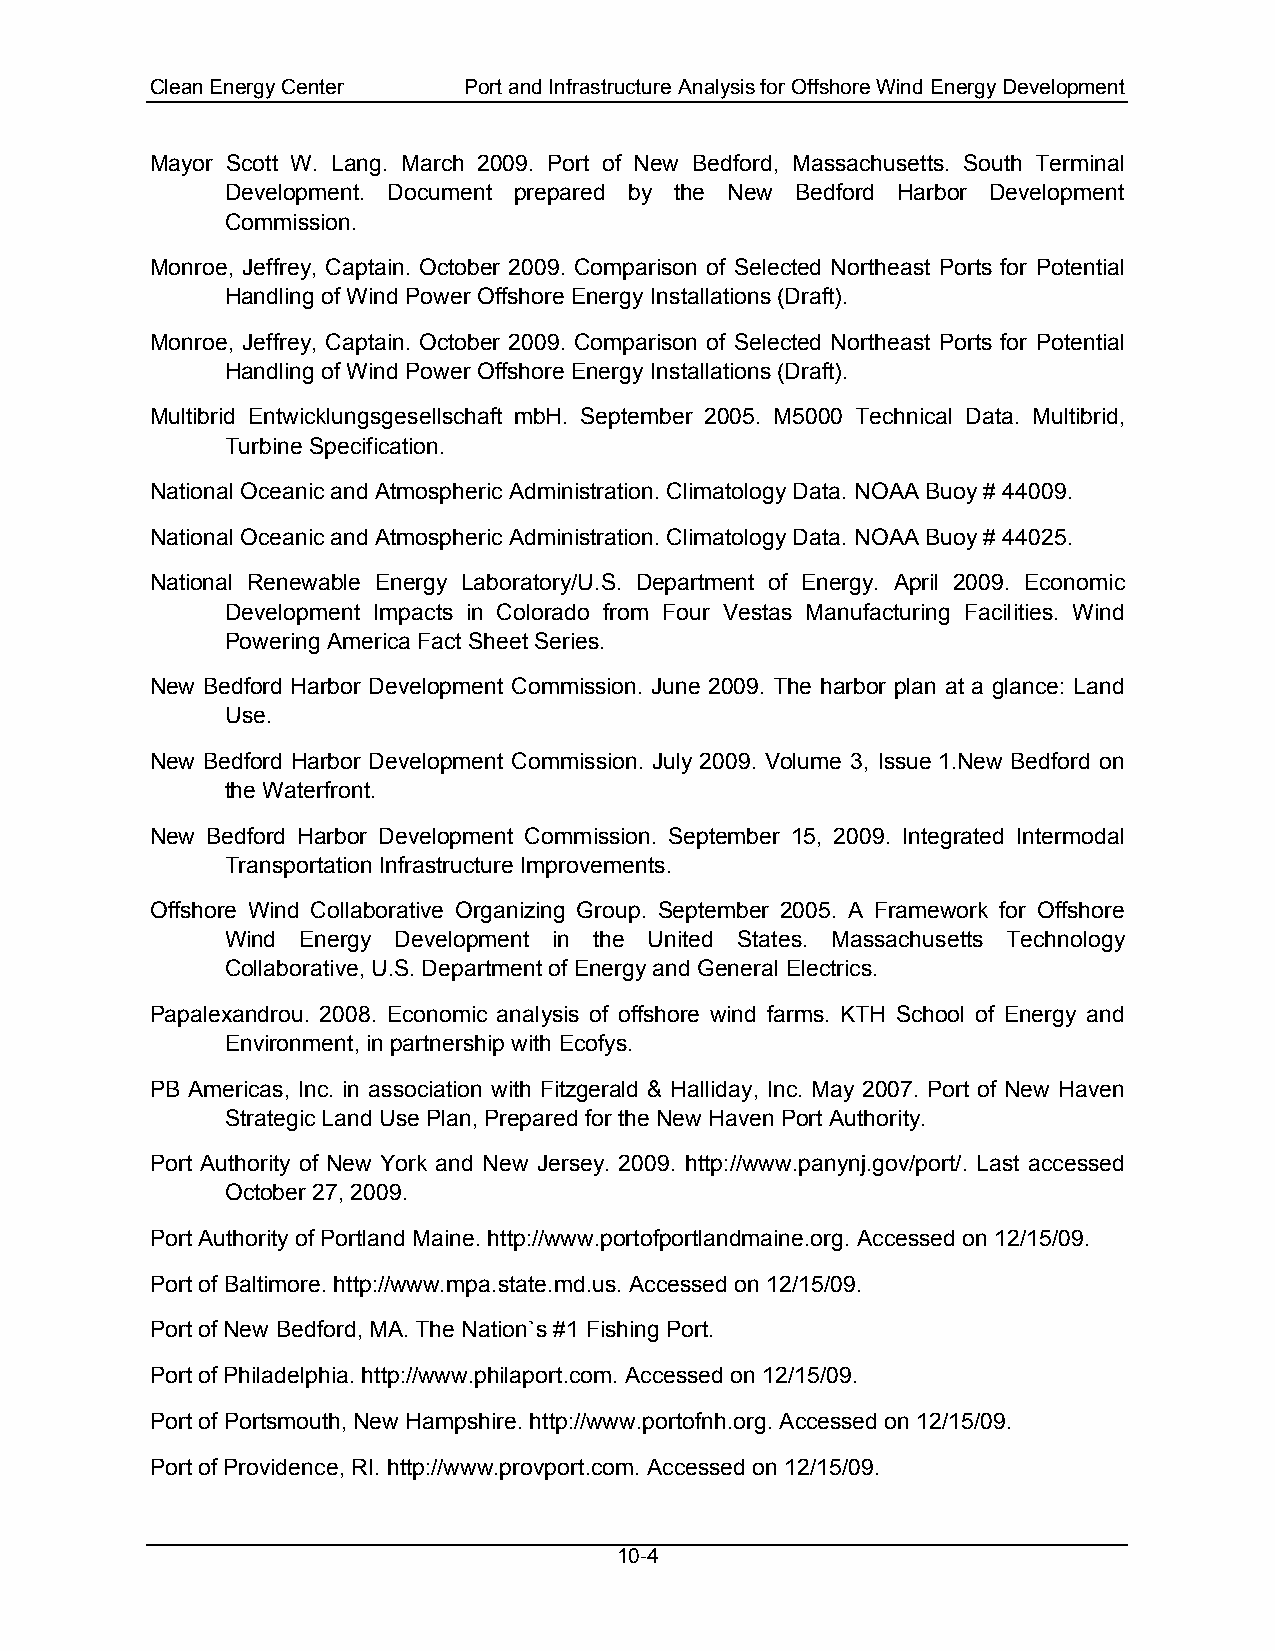
Clean Energy Center  Port and Infrastructure Analysis for Offshore Wind Energy Development
 Mayor Scott W. Lang. March 2009. Port of New Bedford, Massachusetts. South Terminal
 Development. Document prepared by the New Bedford Harbor Development
 Commission.
 Monroe, Jeffrey, Captain. October 2009. Comparison of Selected Northeast Ports for Potential
 Handling of Wind Power Offshore Energy Installations (Draft).
 Monroe, Jeffrey, Captain. October 2009. Comparison of Selected Northeast Ports for Potential
 Handling of Wind Power Offshore Energy Installations (Draft).
 Multibrid Entwicklungsgesellschaft mbH. September 2005. M5000 Technical Data. Multibrid,
 Turbine Specification.
 National Oceanic and Atmospheric Administration. Climatology Data. NOAA Buoy # 44009.
 National Oceanic and Atmospheric Administration. Climatology Data. NOAA Buoy # 44025.
 National Renewable Energy Laboratory/U.S. Department of Energy. April 2009. Economic
 Development Impacts in Colorado from Four Vestas Manufacturing Facilities. Wind
 Powering America Fact Sheet Series.
 New Bedford Harbor Development Commission. June 2009. The harbor plan at a glance: Land
 Use.
 New Bedford Harbor Development Commission. July 2009. Volume 3, Issue 1.New Bedford on
 the Waterfront.
 New Bedford Harbor Development Commission. September 15, 2009. Integrated Intermodal
 Transportation Infrastructure Improvements.
 Offshore Wind Collaborative Organizing Group. September 2005. A Framework for Offshore
 Wind Energy Development in the United States. Massachusetts Technology
 Collaborative, U.S. Department of Energy and General Electrics.
 Papalexandrou. 2008. Economic analysis of offshore wind farms. KTH School of Energy and
 Environment, in partnership with Ecofys.
 PB Americas, Inc. in association with Fitzgerald & Halliday, Inc. May 2007. Port of New Haven
 Strategic Land Use Plan, Prepared for the New Haven Port Authority.
 Port Authority of New York and New Jersey. 2009. http://www.panynj.gov/port/. Last accessed
 October 27, 2009.
 Port Authority of Portland Maine. http://www.portofportlandmaine.org. Accessed on 12/15/09.
 Port of Baltimore. http://www.mpa.state.md.us. Accessed on 12/15/09.
 Port of New Bedford, MA. The Nation`s #1 Fishing Port.
 Port of Philadelphia. http://www.philaport.com. Accessed on 12/15/09.
 Port of Portsmouth, New Hampshire. http://www.portofnh.org. Accessed on 12/15/09.
 Port of Providence, RI. http://www.provport.com. Accessed on 12/15/09.
 10-4